Annual report on the Civil Veterinary Department, Burma (including the Insein Veterinary School) - 1910-1922
Year: 1910
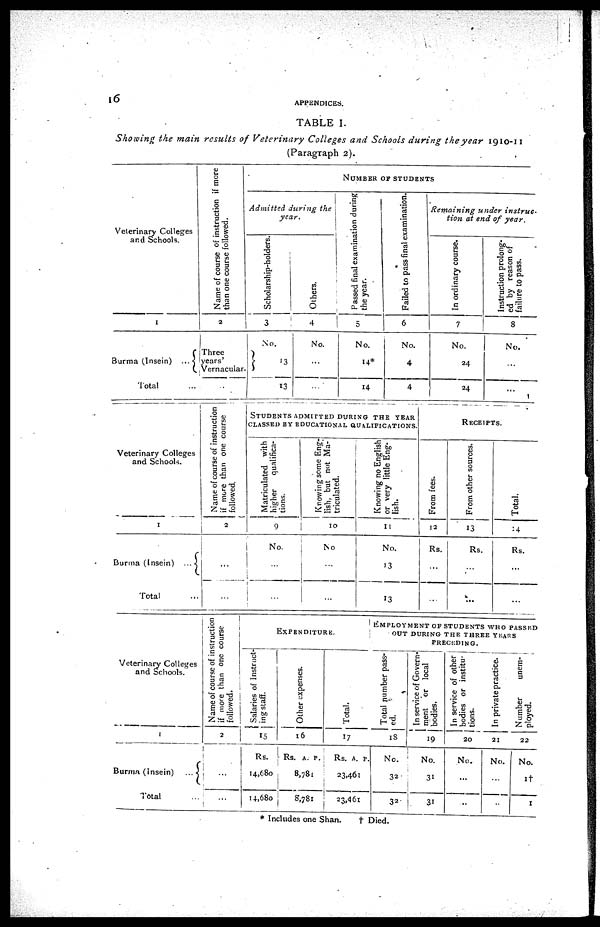
10
APPENDICES.
TABLE I.
Showing the main results of Veterinary Colleges and Schools during the year 1910-11
(Paragraph 2).
Veterinary Colleges
and Schools.
1
Burma (Insein)
...
Total ...
Name of course of instruction if more
than one course followed.
2
Three
years'
Vernacular
...
NUMBER
OF
STUDENTS
Admitted, during the
year.
Scholarship-holders.
3
No.
13
13
Others.
4
No.
...
...
Passed final examination during
the year.
5
No.
14*
14
Failed to pass final examination.
6
No.
4
4
Remaining
under instruc-
tion at end of year.
In ordinary course.
7
No.
24
24
Instruction prolong-
ed by reason of
failure to pass.
8
No.
...
...
Veterinary Colleges
and Schools.
1
Burma (Insein) ...
Total ...
Name of course of instruction
if more than one course
followed.
2
...
...
STUDENTS
ADIMITTED
DURING
THE
YEAR
CLASSED
BY
EDUCATIONAL
QUALIFICATIONS.
Matriculated with
higher qualifica-
tions.
9
No.
...
...
Knowing some Eng-
lish, but not Ma-
triculated.
10
No
...
...
Knowing no English
or very little Eng-
lish.
11
No.
13
13
RECEIPTS.
From fees.
12
Rs.
...
...
From other sources.
13
Rs.
...
...
Total.
14
Rs.
...
...
Veterinary Colleges
and Schools.
1
Burma (insein)
...
Total ...
Name of course of instruction
if more than one course
followed.
2
1
...
...
EXPENDITURE.
Salaries of Instruct-
ing staff.
15
Rs.
14,680
14,680
Other expenses.
16
Rs. A. P.
8,781
8,781
Total.
17
Rs. A. P.
23,461
23,461
EMPLOYMENT OF STUDENTS WHO PASSED
OUT
DURING THE THREE YEARS
PRECEDING.
Total number pass-
ed.
18
No.
32
32
In service of Govern-
ment or local
bodies.
19
No.
31
31
In service of other
bodies or institu-
tions.
20
No.
...
...
In private practice.
21
No.
...
...
Number
unem-
ployed.
22
No.
1†
1
* Includes one Shan. † Died.